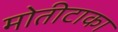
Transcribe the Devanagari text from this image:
मोतीटाका